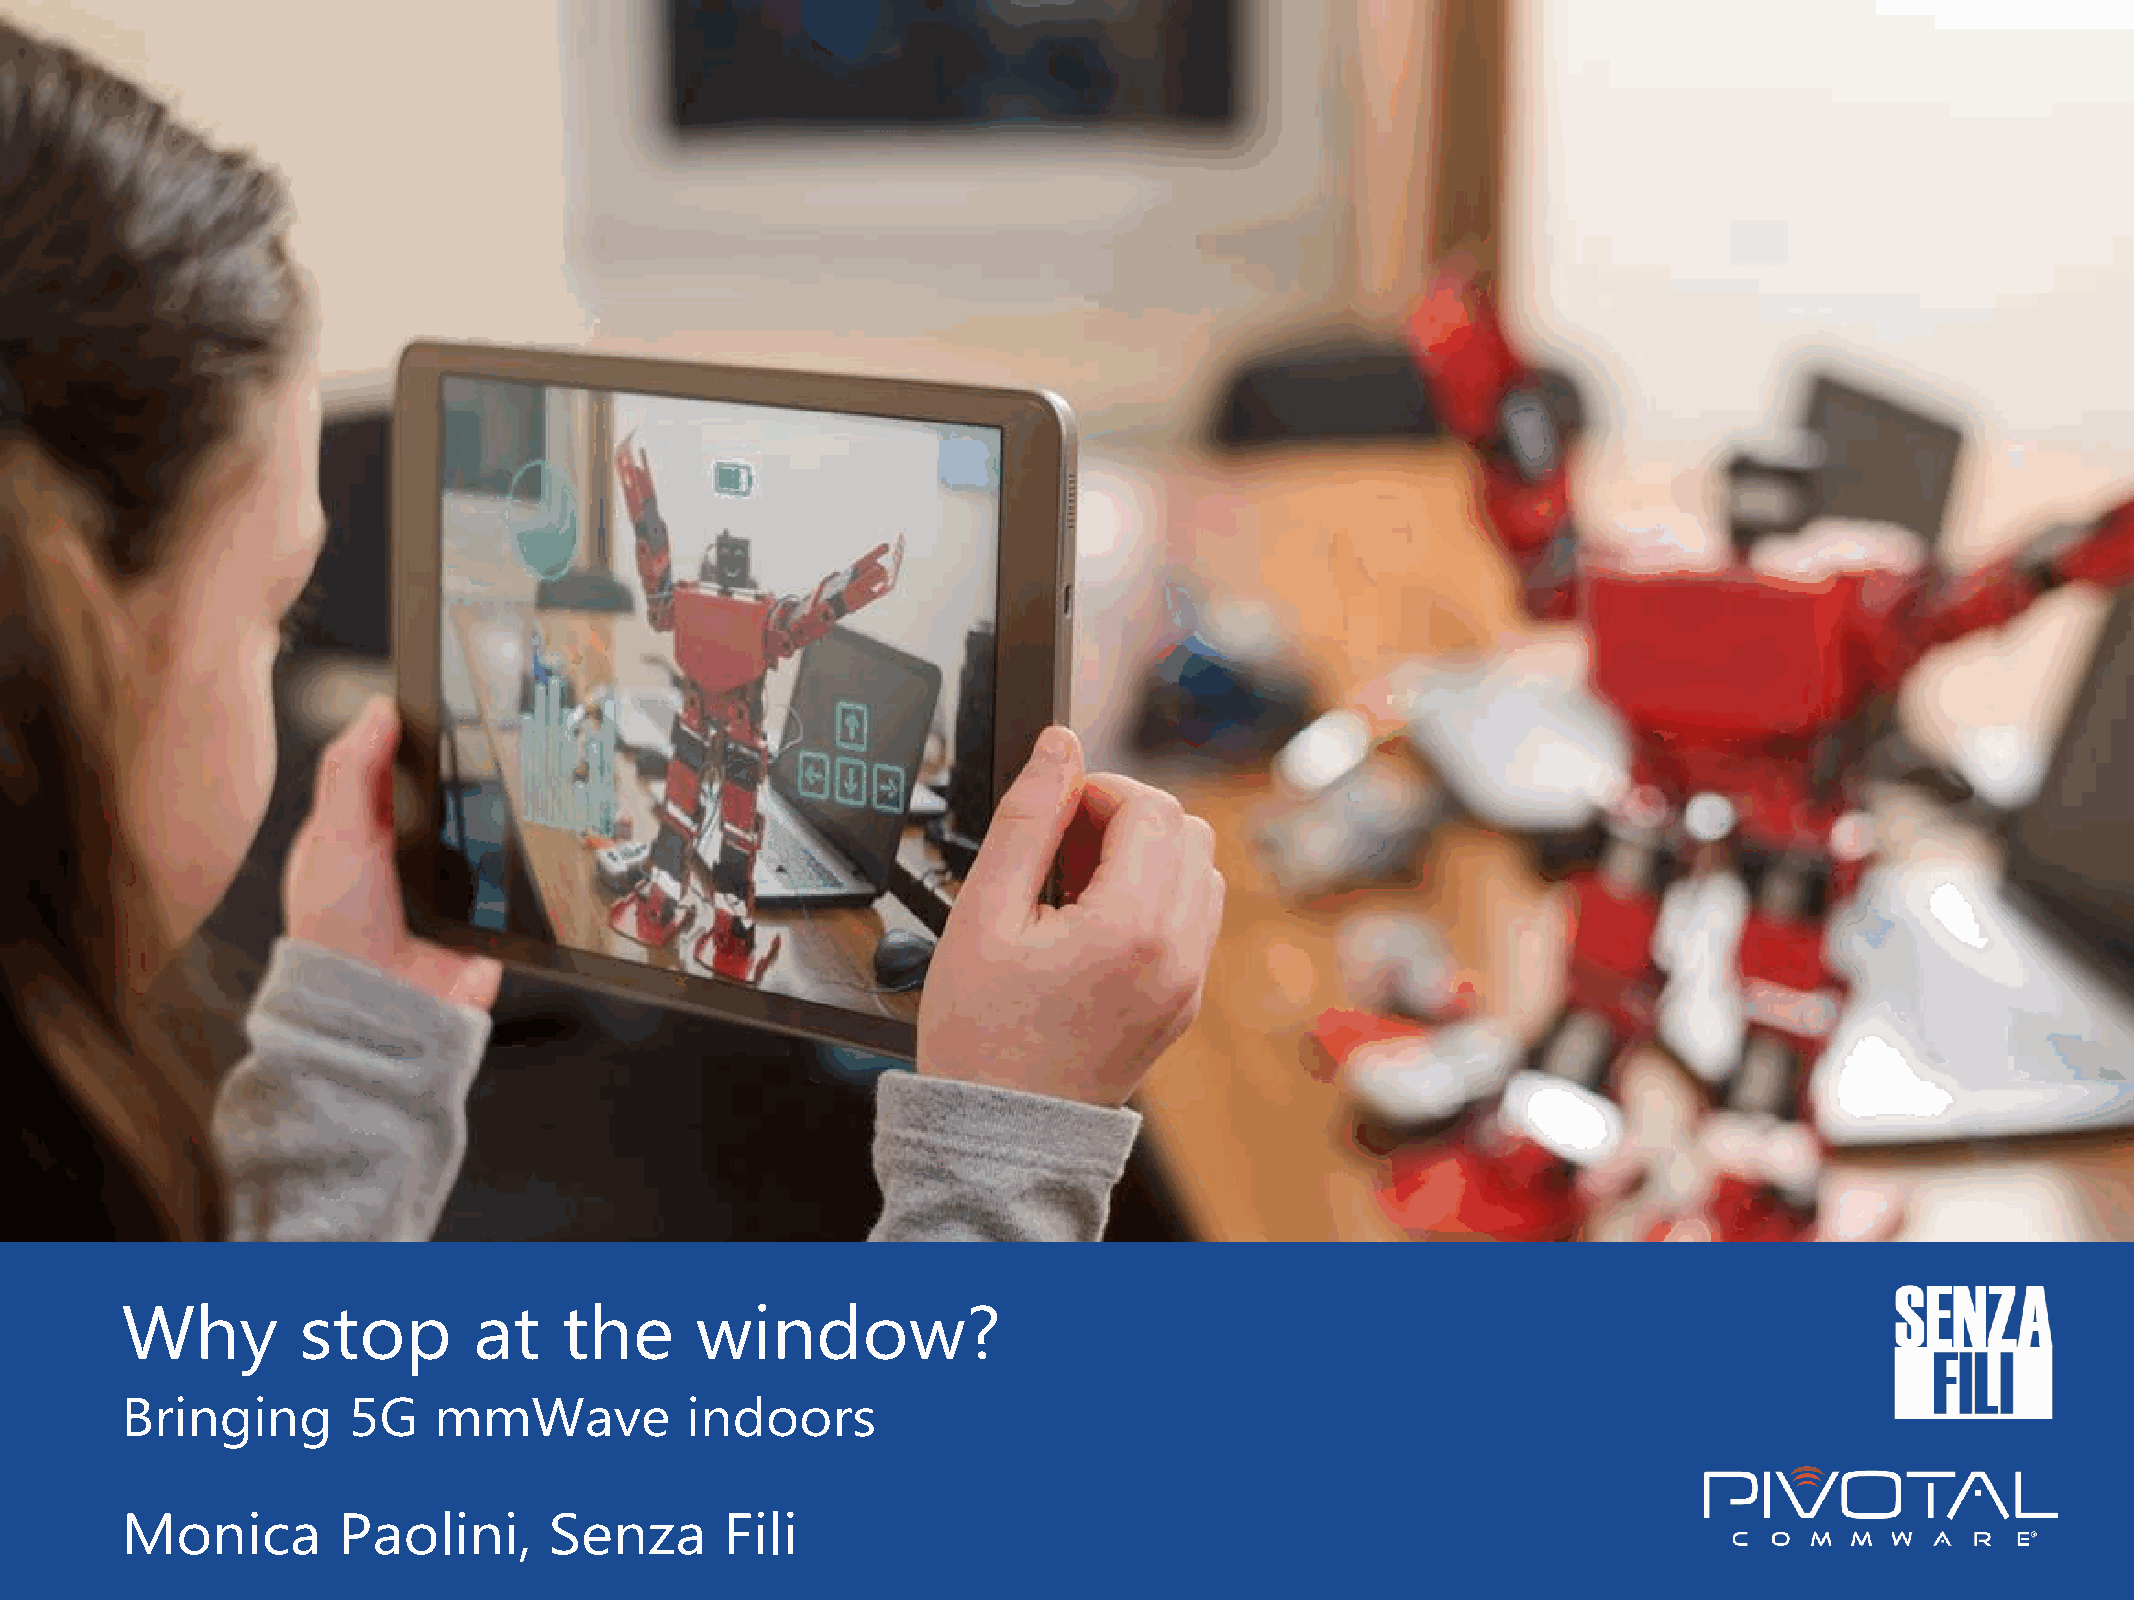
Why         stop       at    the      window?
 Bringing       5G    mmWave          indoors
 ©Senza Fili 2021                          Why st op at the window? Bringing 5G mmWave indoors                                  |1|
 Monica        Paolini,      Senza       Fili